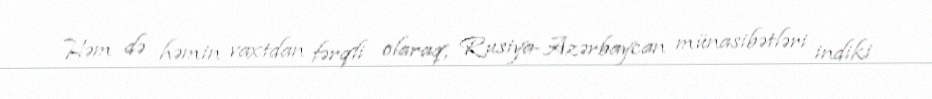
Həm də həmin vaxtdan fərqli olaraq, Rusiya-Azərbaycan münasibətləri indiki